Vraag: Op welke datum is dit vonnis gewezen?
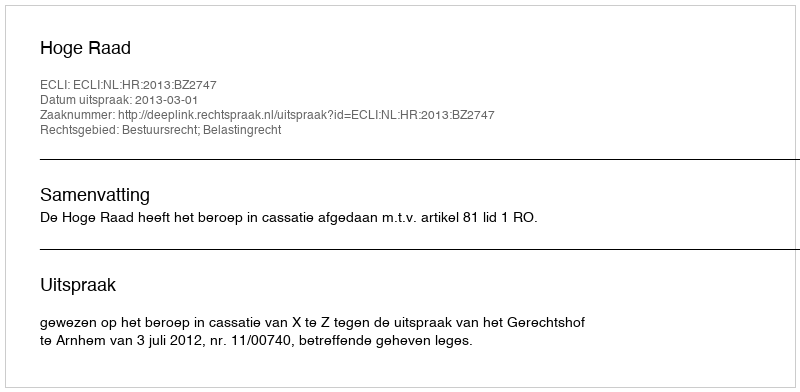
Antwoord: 2013-03-01